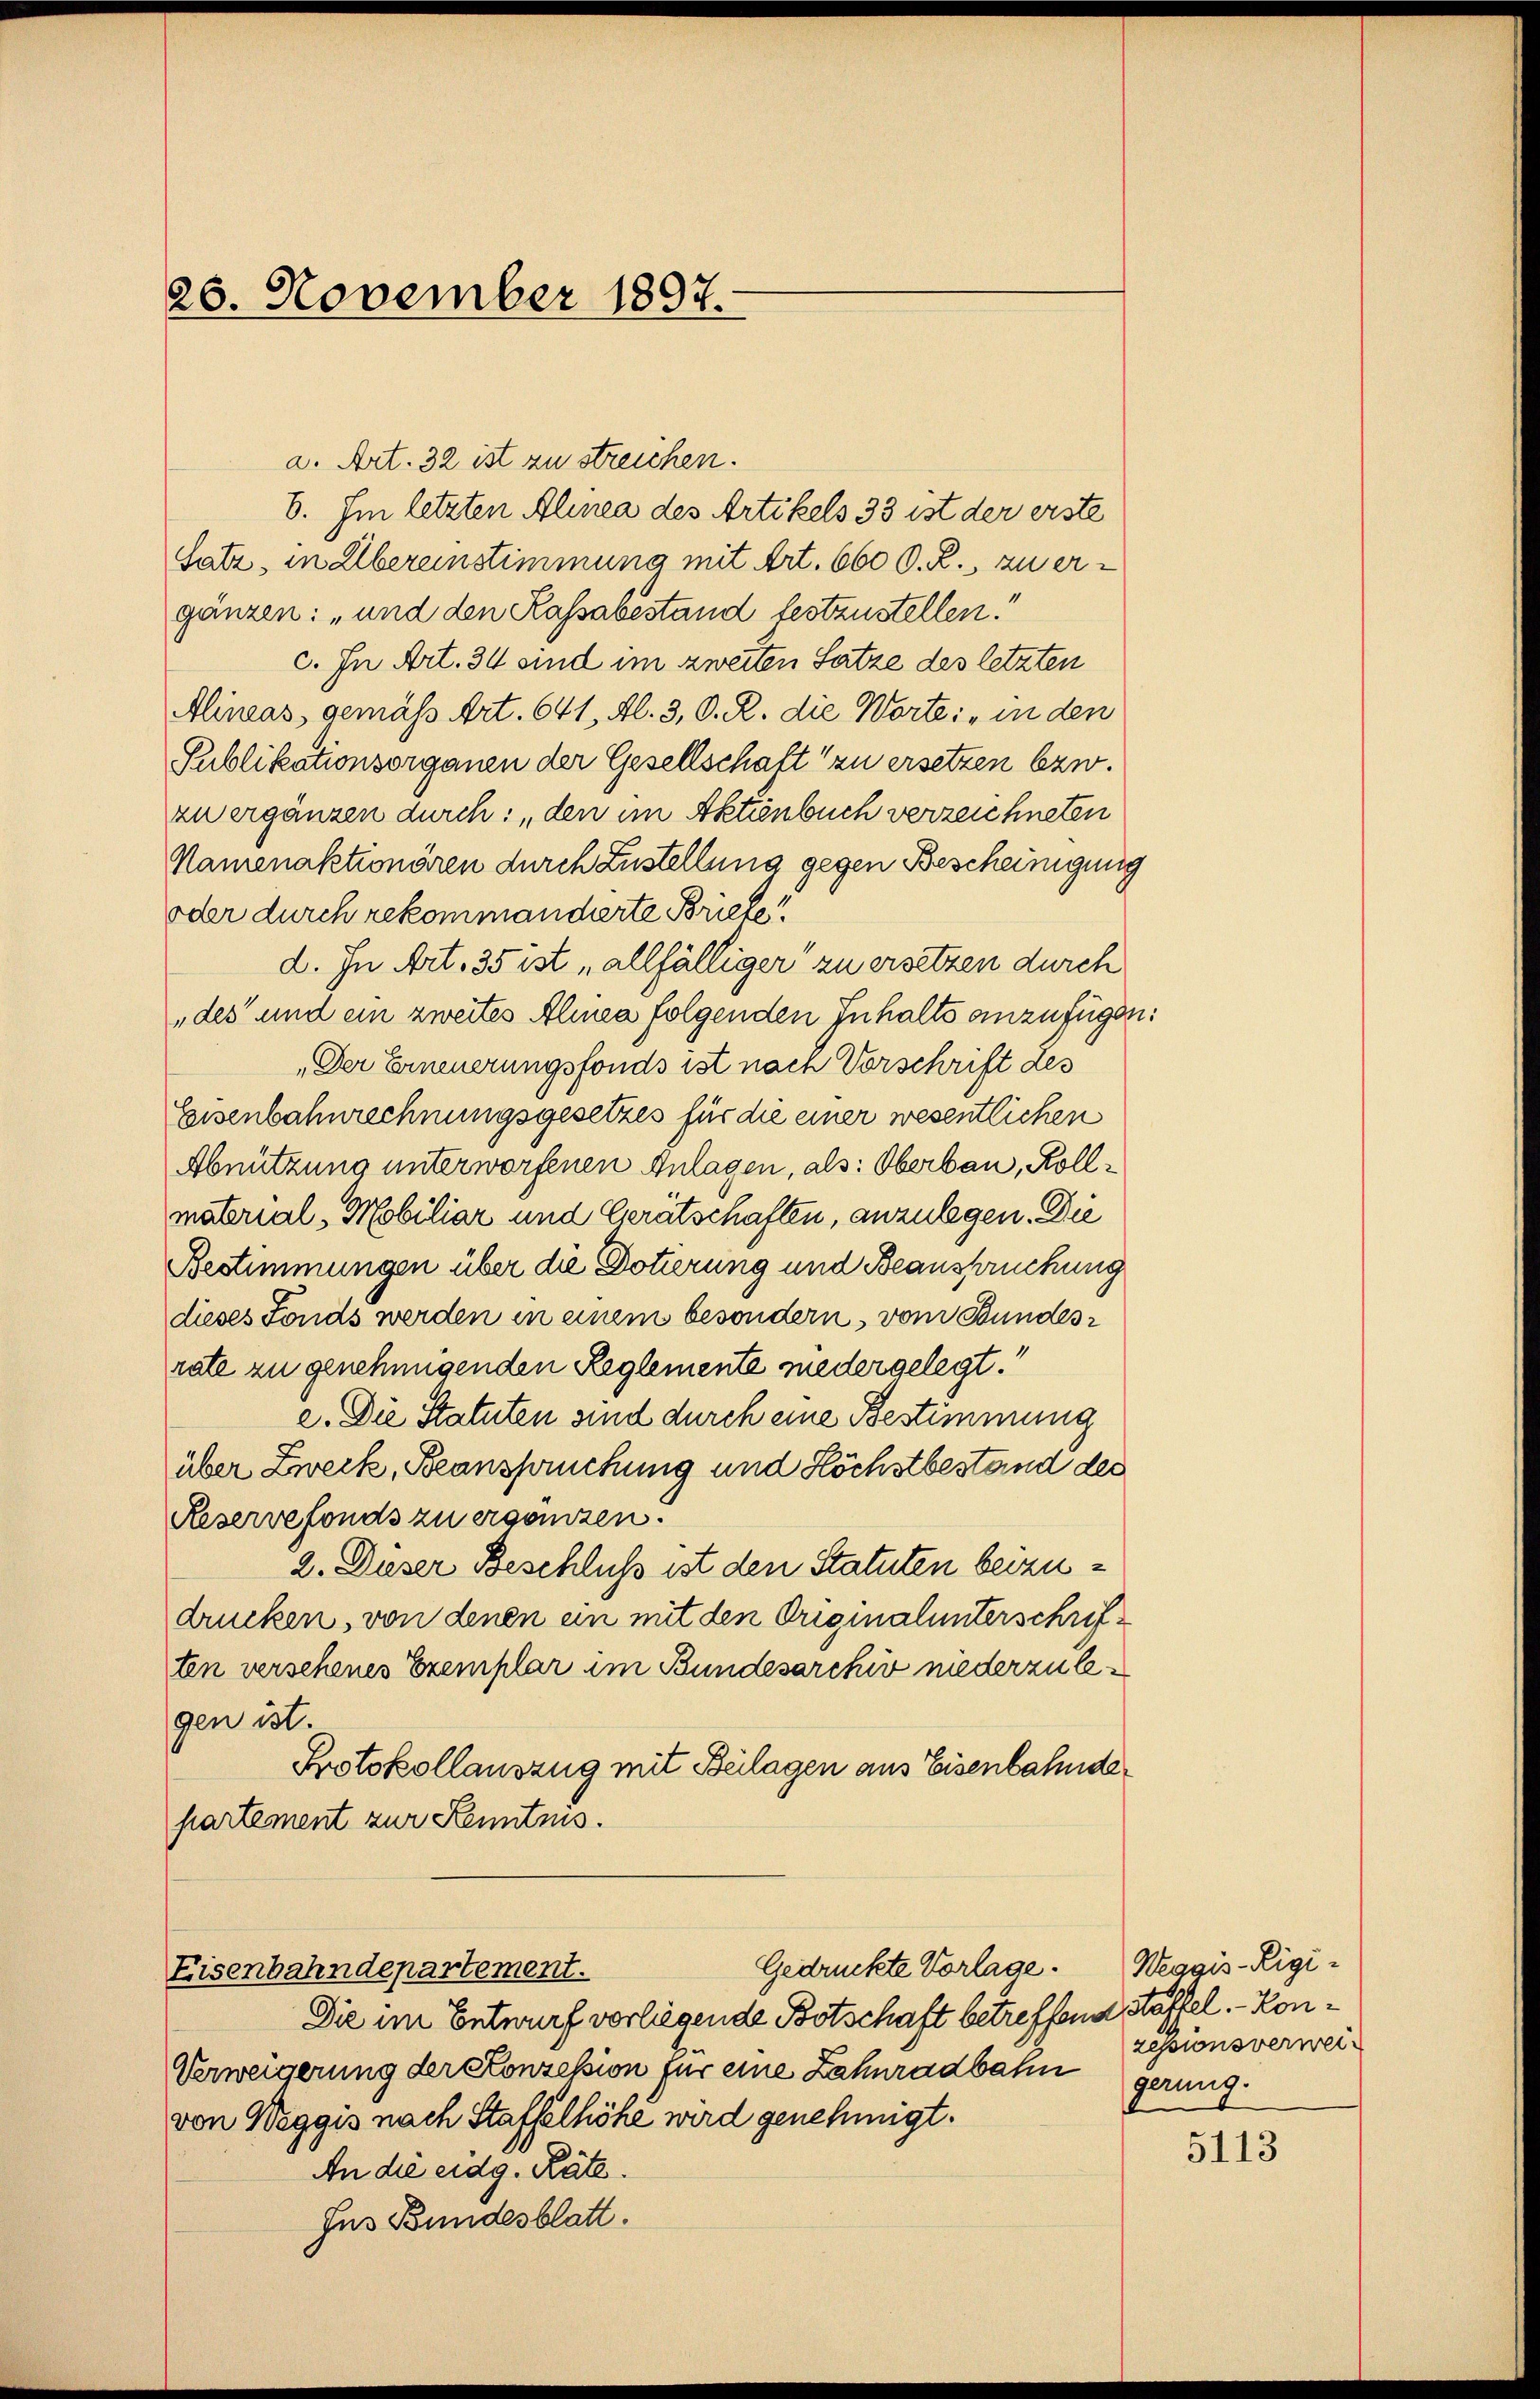
26. November 1897.

a. Art. 32 ist zu streichen.
6. Im letzten Alinea des Artikels 33 ist der erste
Satz, in Übereinstimmung mit Art. 660 O. R., zu ergänzen: „und den Kassabestand festzustellen.
c. In Art. 34 sind im zweiten Satze des letzten
Alineas gemäß Art. 641, Al. 3, O. R. die Worte: „in den
Sublikationsorganen der Gesellschaft zu ersetzen bzw.
zu ergänzen durch: „den im Aktienbuch verzeichneten
Namenaktionären durch Zustellung gegen Bescheinigung
oder durch rekommandierte Briefe!!
d. In Art. 35 ist „allfälliger zu ersetzen durch
„des und ein zweites Alinea folgenden Inhalts anzufügen:
„Der Erneuerungsfonds ist nach Vorschrift des
Eisenbahnrechnungsgesetzes für die einer wesentlichen
Abnützung unterworfenen Anlagen, als: Oberbau, Rollmaterial - Mobiliar und Gerätschaften, anzulegen. Die
Bestimmungen über die Dotierung und Beanspruchung
dieses Fonds werden in einem besondern, vom Bundesrate zu genehmigenden Reglemente niedergelegt.
e. Die Statuten sind durch eine Bestimmung
über Zweck, Beanspruchung und Höchstbestand des
Reservefonds zu ergänzen.
2. Dieser Beschluß ist den Statuten beizudrucken, von denen an mit den Originalunterschriften versehenes Exemplar im Bundesarchiv niederzulegen ist.
Protokollauszug mit Beilagen aus Eisenbahndepartement zur Kenntnis.

Gedrückte Vorlage. Weggis-Rigi¬
Eisenbahndepartement.

Die im Entwurf vorliegende Botschaft betreffend Stoffel. - Kon¬
Verweigerung der Konzession für eine Zahnradbahn gerung
von Weggis nach Staffelhöhe wird genehmigt.
An die eidg. Räte.
Jus Bundesblatt.

zessionsverwei¬

5113